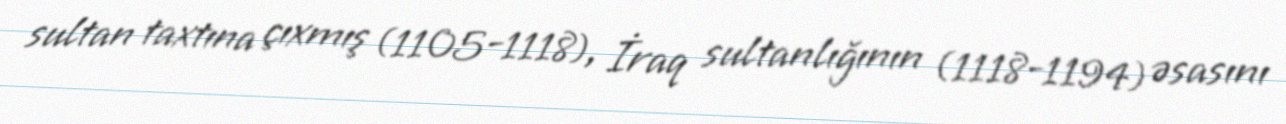
sultan taxtına çıxmış (1105-1118), İraq sultanlığının (1118-1194) əsasını